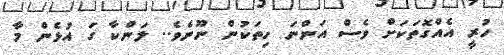
ހުރީ އެއްގޮތަކަށް ވެސް އަންނަ ހިތަކުން ނޫނެވެ.. ލަންކާ ގަ އުޅެން މާ